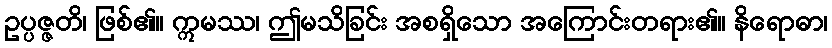
ဥပ္ပဇ္ဇတိ၊ ဖြစ်၏။ ဣမဿ၊ ဤမသိခြင်း အစရှိသော အကြောင်းတရား၏။ နိရောဓာ၊